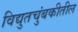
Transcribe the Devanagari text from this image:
विद्युतचुंबकीतील